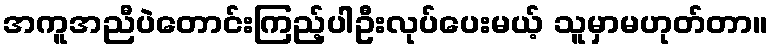
အကူအညီပဲတောင်းကြည့်ပါဦးလုပ်ပေးမယ့် သူမှာမဟုတ်တာ။